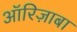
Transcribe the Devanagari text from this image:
ऑरिज़ाबा